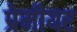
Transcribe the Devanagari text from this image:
प्रेमीयर